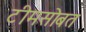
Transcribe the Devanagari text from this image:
टीमसोबत